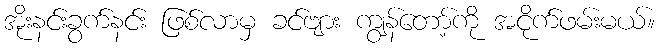
အိုးနင်းခွက်နင်း ဖြစ်လာမှ ခင်ဗျား ကျွန်တော့်ကို အငိုက်ဖမ်းမယ်။